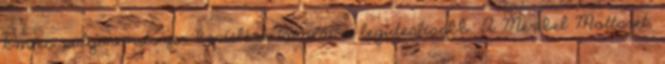
km-es pályarendszer besíelése innen a legideálisabb. A Méribel Mottaret,